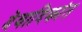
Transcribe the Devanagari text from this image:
देवादिकांत